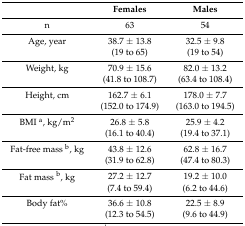
|  | Females | Males |
 | --- | --- | --- |
 | n | 63 | 54 |
 | Age, year | 38.7 ± 13.8 | 32.5 ± 9.8 |
 |  | (19 to 65) | (19 to 54) |
 | Weight, kg | 70.9 ± 15.6 | 82.0 ± 13.2 |
 |  | (41.8 to 108.7) | (63.4 to 108.4) |
 | Height, cm | 162.7 ± 6.1 | 178.0 ± 7.7 |
 |  | (152.0 to 174.9) | (163.0 to 194.5) |
 | BMI a, kg/m2 | 26.8 ± 5.8 | 25.9 ± 4.2 |
 |  | (16.1 to 40.4) | (19.4 to 37.1) |
 | Fat-free mass b, kg | 43.8 ± 12.6 | 62.8 ± 16.7 |
 |  | (31.9 to 62.8) | (47.4 to 80.3) |
 | Fat mass b, kg | 27.2 ± 12.7 | 19.2 ± 10.0 |
 |  | (7.4 to 59.4) | (6.2 to 44.6) |
 | Body fat% | 36.6 ± 10.8 | 22.5 ± 8.9 |
 |  | (12.3 to 54.5) | (9.6 to 44.9) |